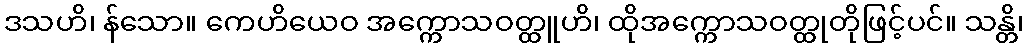
ဒသဟိ၊ န်သော။ ကေဟိယေဝ အက္ကောသဝတ္ထူဟိ၊ ထိုအက္ကောသဝတ္ထုတိုဖြင့်ပင်။ သန္တိ၊